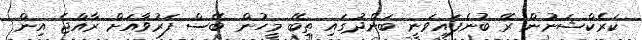
ކަރެކްޝަނުން ރޭ ބުނެފައިވަނީ ބަންދުގައި ތިބޭ މީހުން ބޭސް ފަރުވާއަށް ރާއްޖެ އިން